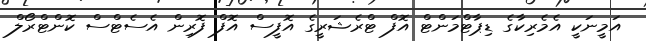
އަމީނަކީ އެމެރިކާގެ ޑިޕާޓްމަންޓް އޮފް ޓްރެޝަރީގެ އޮފީސް އޮފް ފޮރިން އެސެޓްސް ކޮންޓްރޯލް